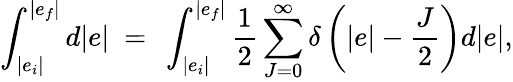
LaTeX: \int_{|e_{i}|}^{|e_{f}|}d|e|~=~\int_{|e_{i}|}^{|e_{f}|}\frac{1}{2}\sum_{J=0}^{\infty}\delta\left(|e|-\frac{J}{2}\right)d|e|,